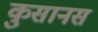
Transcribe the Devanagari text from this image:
कुसानस